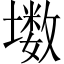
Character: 𱘊